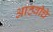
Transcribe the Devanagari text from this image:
आठवीचे